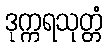
ဒုက္ကရသုတ္တံ